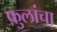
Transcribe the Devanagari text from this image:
फ़ुलांचा